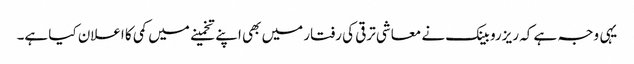
یہی وجہ ہے کہ ریزرو بینک نے معاشی ترقی کی رفتار میں بھی اپنے تخمینے میں کمی کا اعلان کیا ہے۔